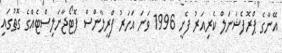
އޭނާގެ ޕްރޮފެޝަނަލް ކެރިއަރު ފެށީ 1996 ވަނަ އަހަރު ފްރީލާންސް ފޮޓޯޖާނަލިސްޓެއްގެ ގޮތުގައި